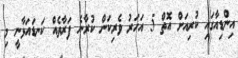
އިންޑިއާގައި ކުރިއަށް އޮތް 5 އަހަރު ވެރިކަން ކުރާނެ ފަރާތެއް ކަނޑައަޅާނީ މި